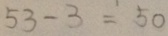
5 3 - 3 = 5 0